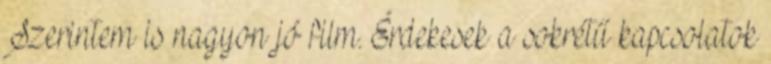
Szerintem is nagyon jó film. Érdekesek a sokrétű kapcsolatok